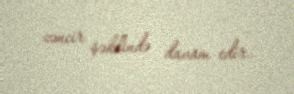
zəncir şəklində davam edir.